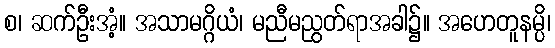
စ၊ ဆက်ဦးအံ့။ အသာမဂ္ဂိယံ၊ မညီမညွတ်ရာအခါ၌။ အဟေတူနမ္ပိ၊